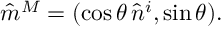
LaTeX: \hat { m } ^ { M } = ( \cos \theta \, \hat { n } ^ { i } , \sin \theta ) .